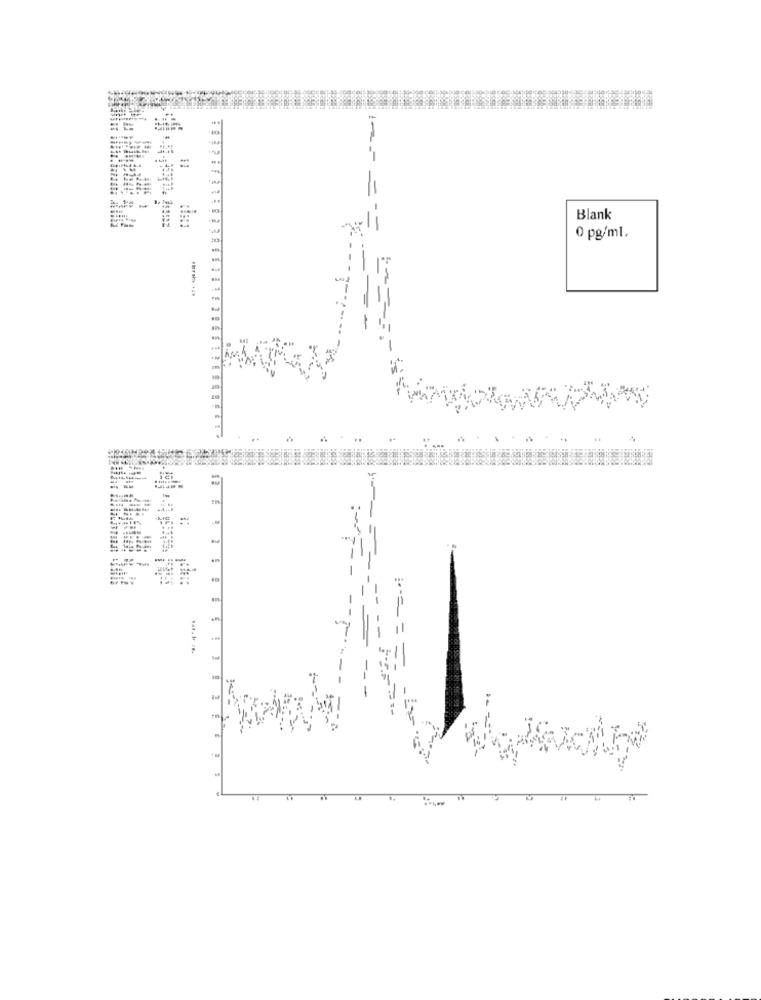
-----
=
Blank
0 pg/ml.
2